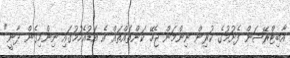
އާބިޓްރޭޝަން ފެށުމުގެ ކުރިން ނިންމަން ޖެހޭ ކަންތައްތައް އެ އަޑުއެހުމުގައި ނިންމިގެން ދާނީ"